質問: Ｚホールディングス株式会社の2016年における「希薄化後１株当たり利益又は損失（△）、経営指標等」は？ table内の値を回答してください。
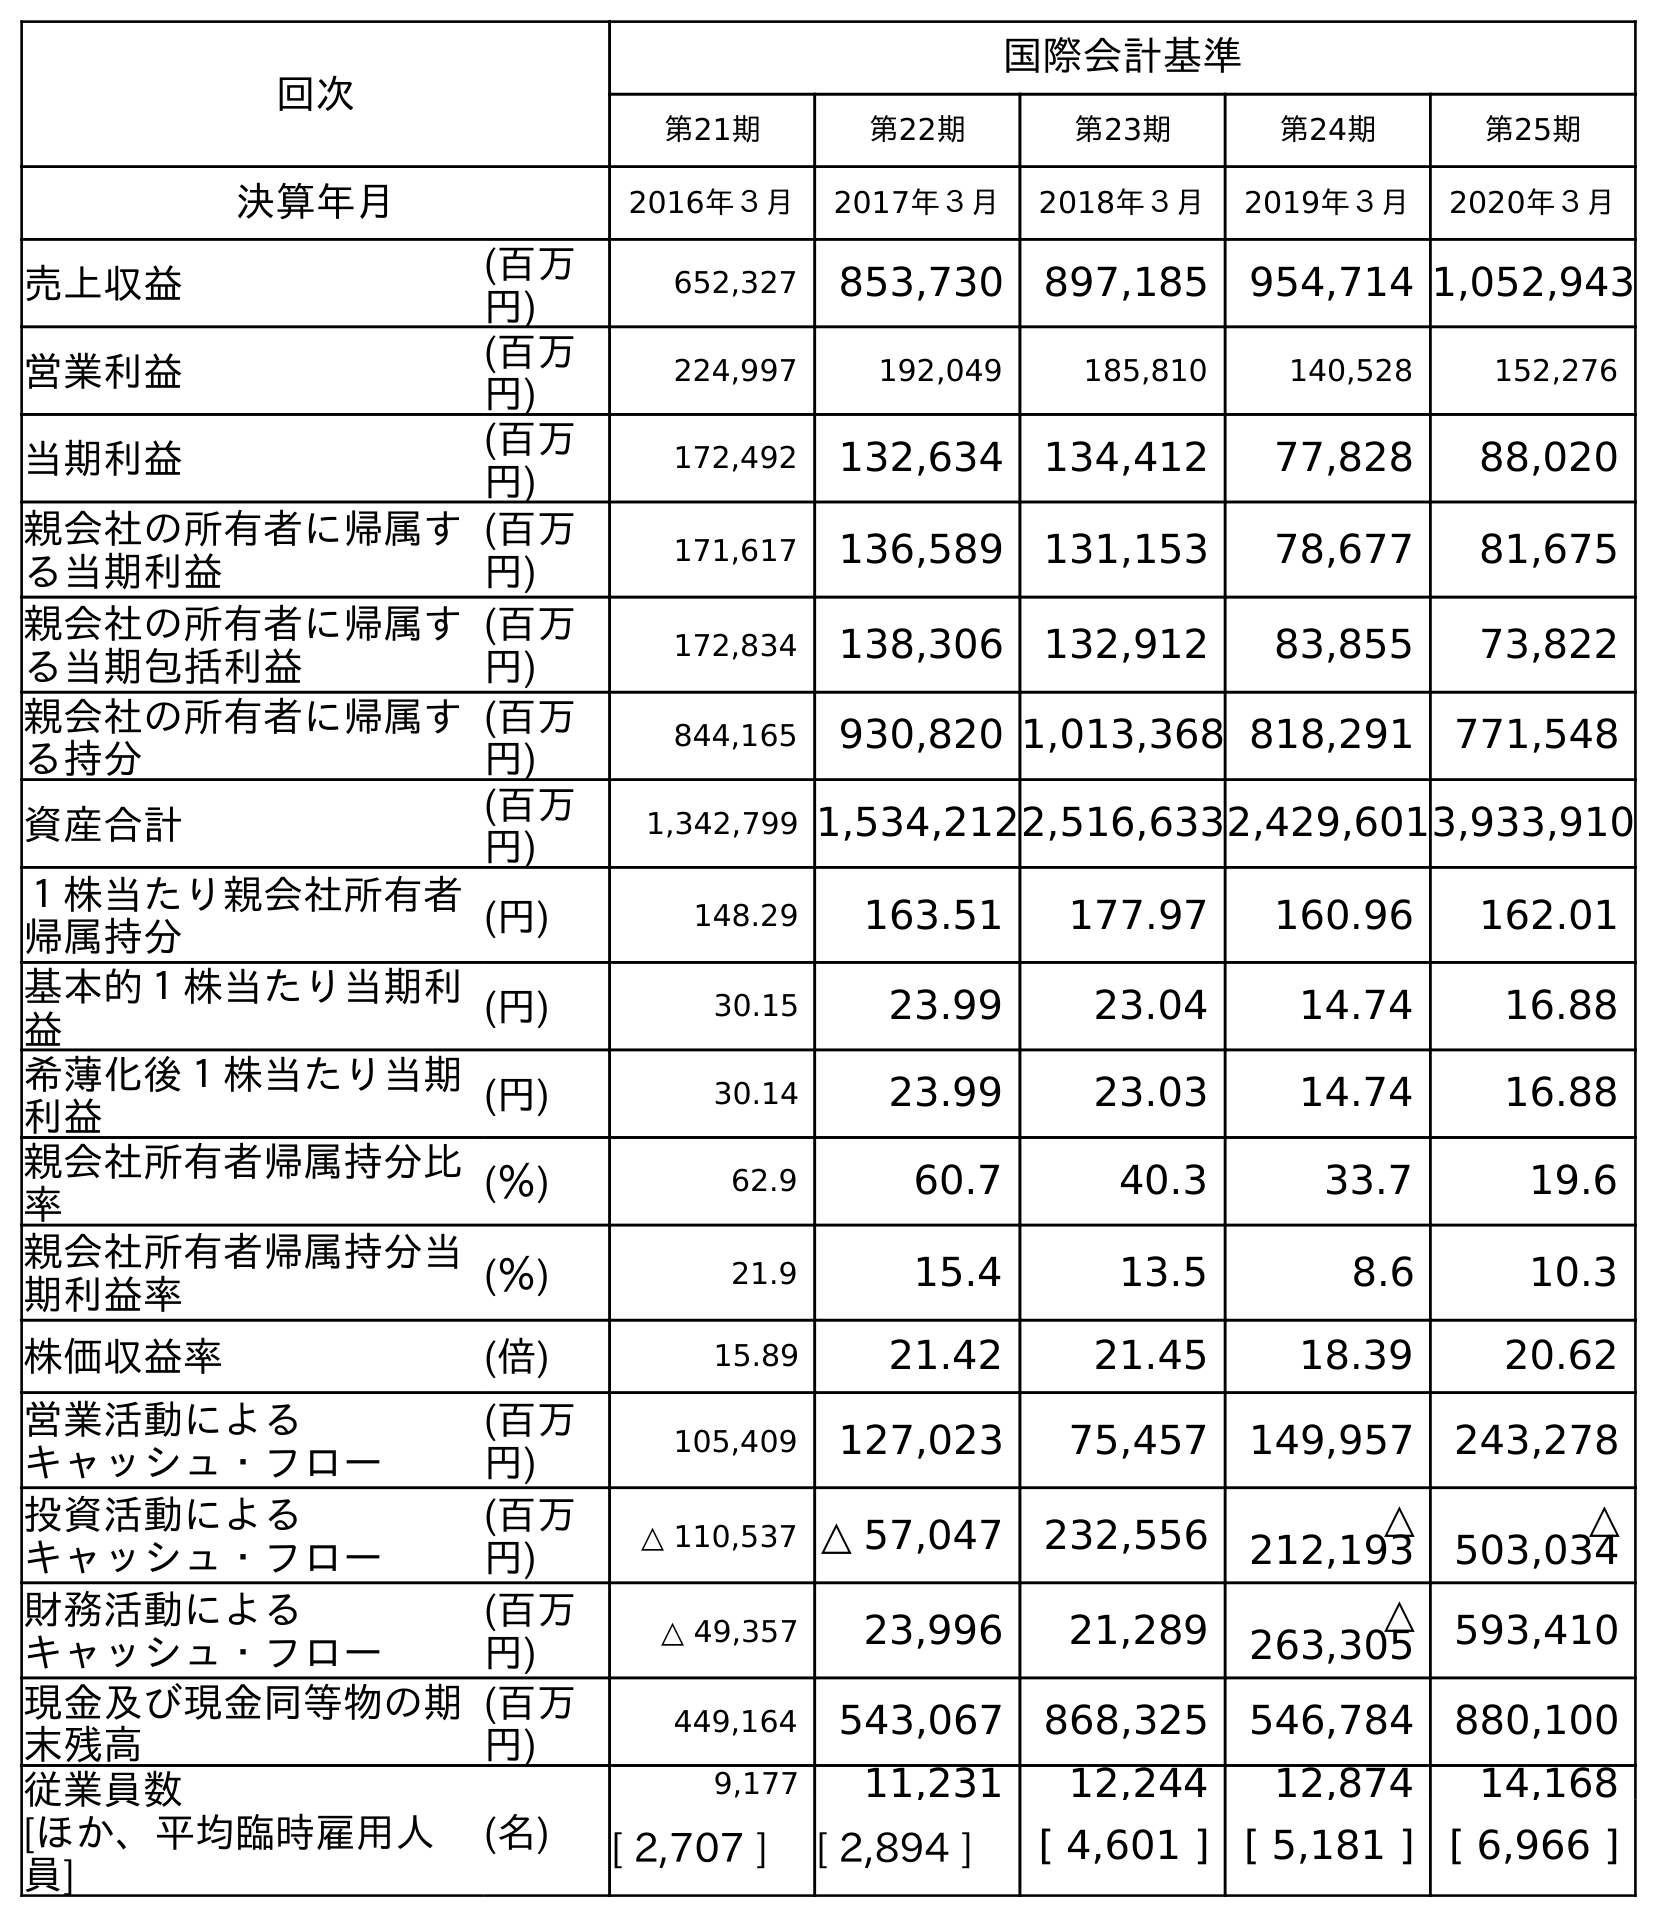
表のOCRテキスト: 回次 国際会計基準 第21期 第22期 第23期 第24期 第25期 決算年月 2016年３月 2017年３月 2018年３月 2019年３月 2020年３月 売上収益 (百万 円) 652,327 853,730 897,185 954,714 1,052,943 営業利益 (百万 円) 224,997 192,049 185,810 140,528 152,276 当期利益 (百万 円) 172,492 132,634 134,412 77,828 88,020 親会社の所有者に帰属す る当期利益 (百万 円) 171,617 136,589 131,153 78,677 81,675 親会社の所有者に帰属す る当期包括利益 (百万 円) 172,834 138,306 132,912 83,855 73,822 親会社の所有者に帰属す る持分 (百万 円) 844,165 930,820 1,013,368 818,291 771,548 資産合計 (百万 円) 1,342,799 1,534,2122,516,6332,429,6013,933,910 １株当たり親会社所有者 帰属持分 (円) 148.29 163.51 177.97 160.96 162.01 基本的１株当たり当期利 益 (円) 30.15 23.99 23.04 14.74 16.88 希薄化後１株当たり当期 利益 (円) 30.14 23.99 23.03 14.74 16.88 親会社所有者帰属持分比 率 (％) 62.9 60.7 40.3 33.7 19.6 親会社所有者帰属持分当 期利益率 (％) 21.9 15.4 13.5 8.6 10.3 株価収益率 (倍) 15.89 21.42 21.45 18.39 20.62 営業活動による キャッシュ・フロー (百万 円) 105,409 127,023 75,457 149,957 243,278 投資活動による キャッシュ・フロー (百万 円) △ 110,537 △ 57,047 232,556 △ 212,193 △ 503,034 財務活動による キャッシュ・フロー (百万 円) △ 49,357 23,996 21,289 △ 263,305 593,410 現金及び現金同等物の期 末残高 (百万 円) 449,164 543,067 868,325 546,784 880,100 従業員数 [ほか、平均臨時雇用人 員] (名) 9,177 11,231 12,244 12,874 14,168 [ 2,707 ] [ 2,894 ] [ 4,601 ] [ 5,181 ] [ 6,966 ]
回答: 30.14